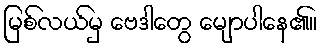
မြစ်လယ်မှ ဗေဒါတွေ မျောပါနေ၏။